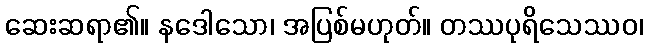
ဆေးဆရာ၏။ နဒေါသော၊ အပြစ်မဟုတ်။ တဿပုရိသေဿဝ၊